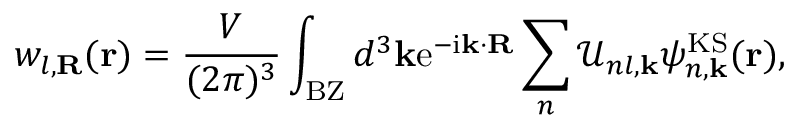
w _ { l , { \bf R } } ( { \bf r } ) = \frac { V } { ( 2 \pi ) ^ { 3 } } \int _ { \mathrm { B Z } } d ^ { 3 } { \bf k } \mathrm { e } ^ { - \mathrm { i } { \bf k } \cdot { \bf R } } \sum _ { n } \mathcal { U } _ { n l , { \bf k } } \psi _ { n , { \bf k } } ^ { \mathrm { K S } } ( { \bf r } ) ,